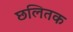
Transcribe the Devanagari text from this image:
छलितक